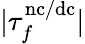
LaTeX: |\tau_{f}^{\mathrm{nc/dc}}|